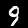
Digit: 9